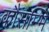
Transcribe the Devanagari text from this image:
कौसम्भि